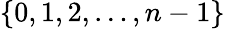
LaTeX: \{ 0,1,2,\ldots,n-1\}